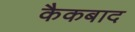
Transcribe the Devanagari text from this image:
कैकबाद